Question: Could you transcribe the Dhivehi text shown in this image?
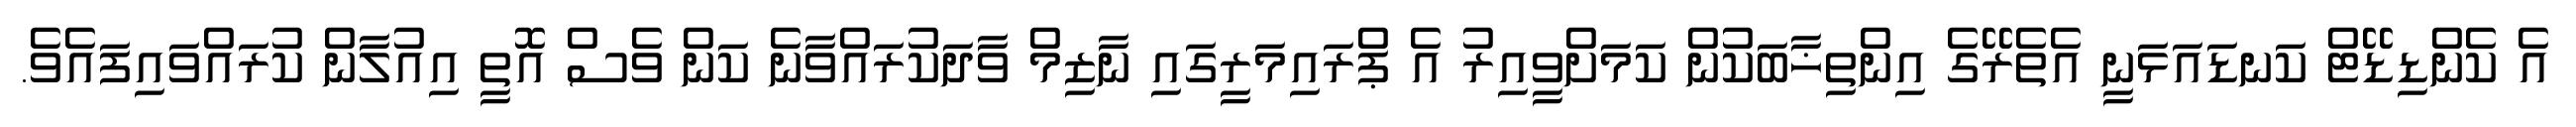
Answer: އެ ކެންޑިޑޭޓް ކަނޑައަޅަނީ އެތެރޭގެ އިންތިޚާބަކުން ކަމަށްވީއިރު އެ ޕްރައިމަރީގައި ނާޒިމް ވާދަކުރައްވާނެ ކަން ވެސް އޮތީ އިއުލާން ކުރައްވައިފައެވެ.